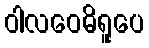
ဝါလဝေဓိရူပေ